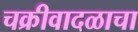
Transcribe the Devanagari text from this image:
चक्रीवादळाचा